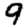
Digit: 9